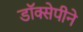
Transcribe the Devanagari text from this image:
डॉक्सेपीने